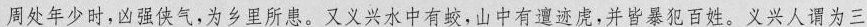
周处年少时，凶强侠气，为乡里所患。又义兴水中有蛟，山中有遣迹虎，并皆暴犯百姓。义兴人谓为三